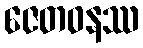
ဇေတဝနဿ